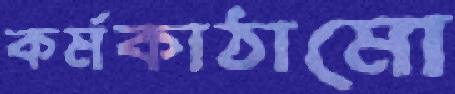
কর্মকাঠামো